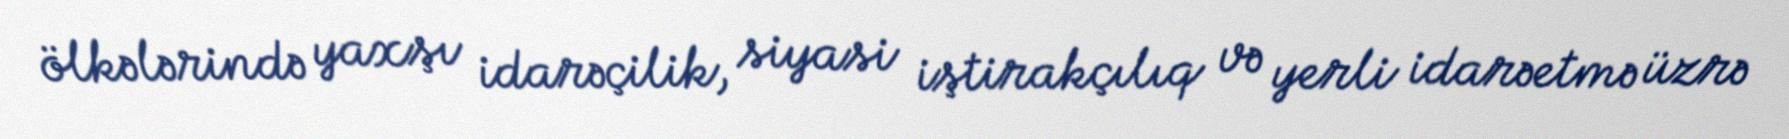
ölkələrində yaxşı idarəçilik, siyasi iştirakçılıq və yerli idarəetmə üzrə